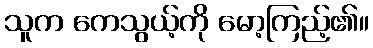
သူက ကေသွယ့်ကို မော့ကြည့်၏။